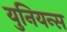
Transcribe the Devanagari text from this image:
युनियन्स